Insane asylums in Bengal annual reports 1867-1875 - 1867-1875
Year: 1867
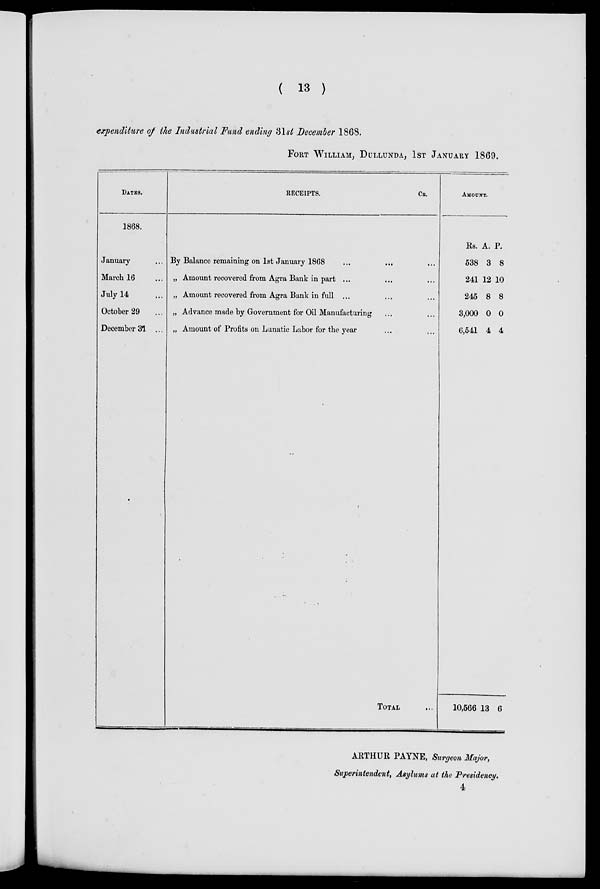
( 13 )
expenditure of the Industrial Fund ending 31st December 1868.
FORT WILLIAM, DULLUNDA, 1ST JANUARY 1869.
DATES.
1868.
January ...
March 16 ...
July 14 ...
October 29 ...
December 31 ...
RECEIPTS.
CR.
By Balance remaining on 1st January 1868 ... ... ...
„ Amount recovered from Agra Bank in part ... ... ...
„ Amount recovered from Agra Bank in full ... .... ...
„ Advance made by Government for Oil Manufacturing ... ...
„ Amount of Profits on Lunatic Labor for the year ... ...
TOTAL ...
AMOUNT.
Rs.
538
241
245
3,000
6,541
10,566
A.
3
12
8
0
4
13
P.
8
10
8
0
4
6
ARTHUR PAYNE, Surgeon Major,
Superintendent, Asylums at the Presidency.
4